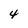
Character: 4